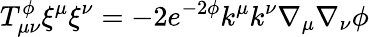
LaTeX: T_{\mu\nu}^{\phi}{\xi}^{\mu}{\xi}^{\nu}=-2e^{-2\phi}k^{\mu}k^{\nu}\nabla_{\mu}\nabla_{\nu}\phi